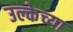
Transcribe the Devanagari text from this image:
उल्केच्या